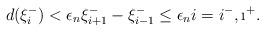
LaTeX: \begin{align*}d(\xi_i^-)<\epsilon_n\xi_{i+1}^--\xi_{i-1}^-\leq\epsilon_ni=i^-,\i^+. \end{align*}